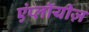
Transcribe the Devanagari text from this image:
एंप्लॉयीज़